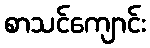
စာသင်ကျောင်း